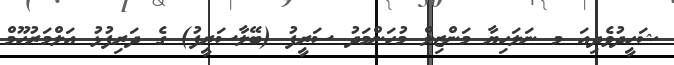
ޝަހީދުވެދިއަ މ ނަލަހިޔާ މަންޒިލް މުހަންމަދު ސަރީފު (ބޭލާސަރީފު) ގެ ދަރިފުޅު އަލްމަރުހޫމް